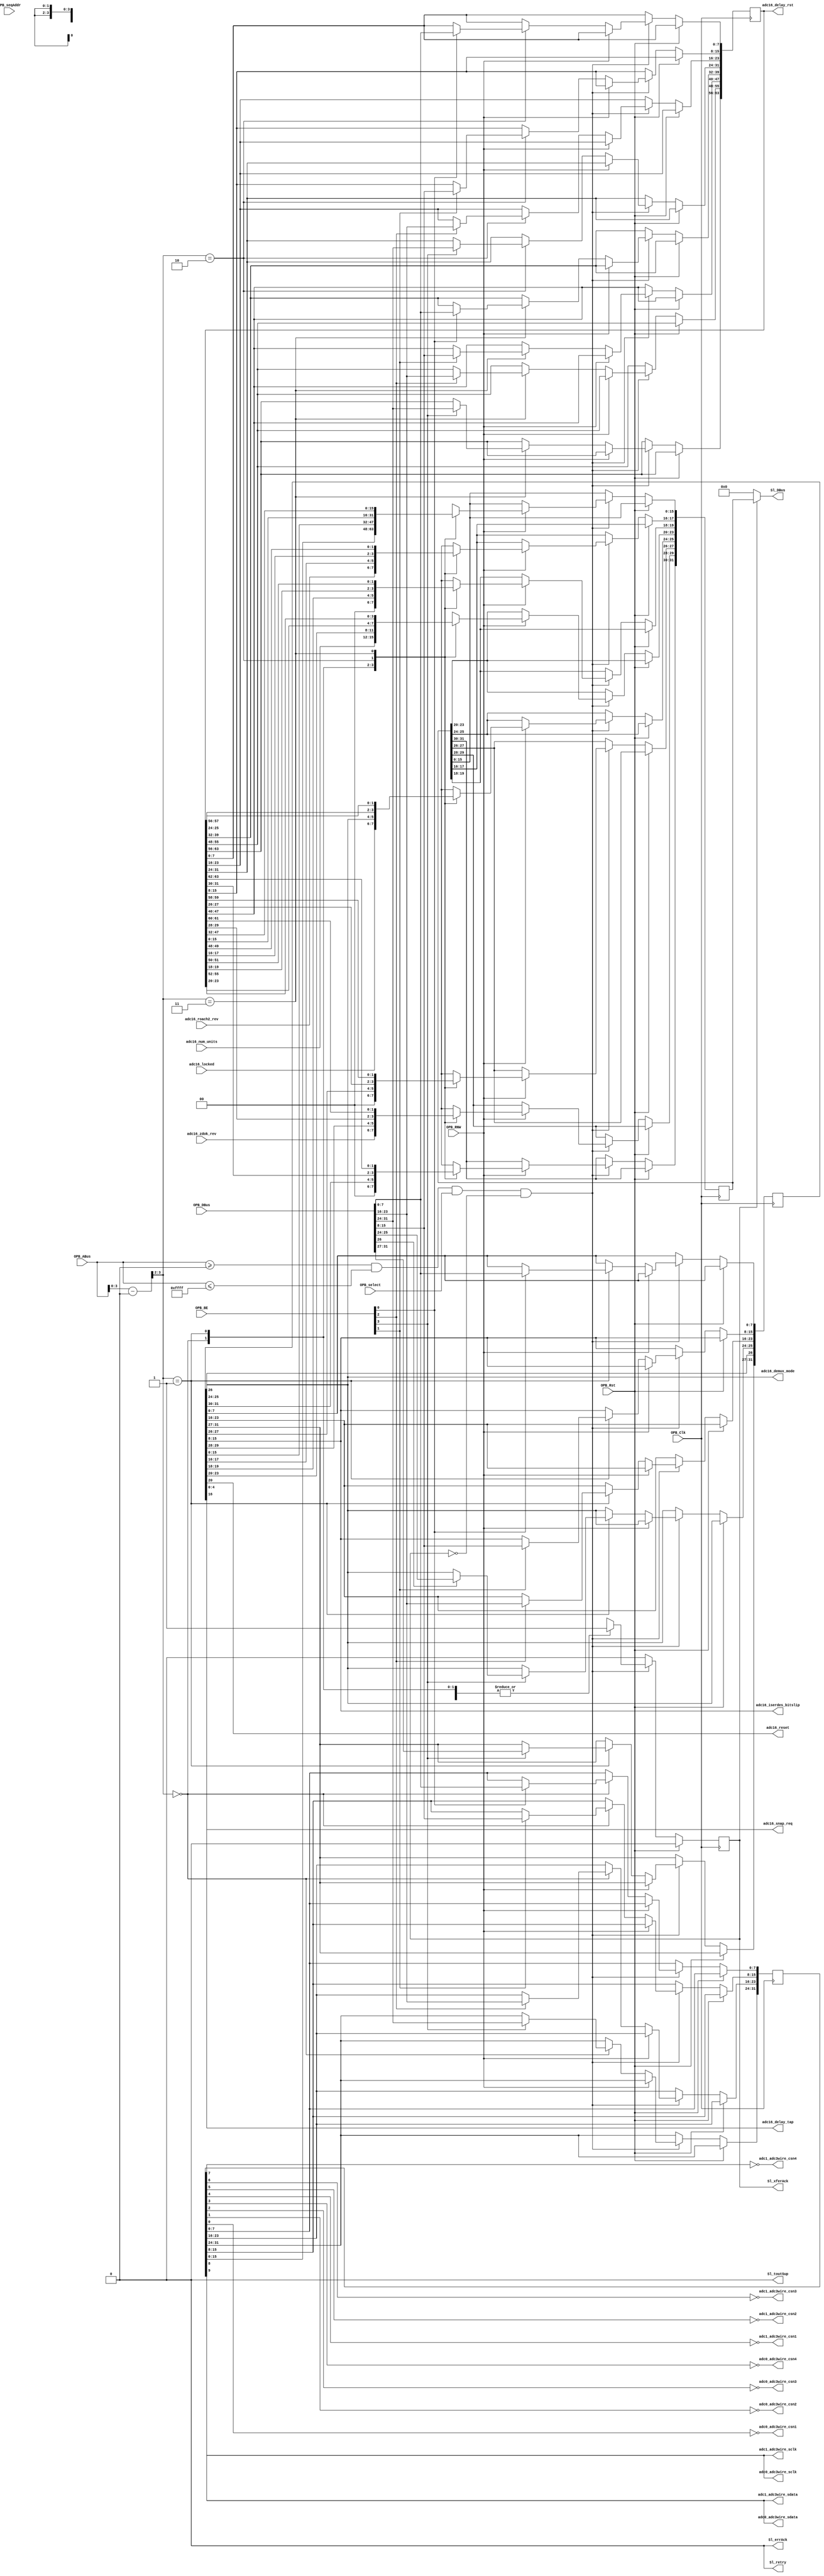
/*

 Modified version of:
 XPS_ROACH2_BASE/pcores/opb_katcontroller/hdl/verilog/opb_katcontroller.v

 */
module opb_adc16_controller(
    input         OPB_Clk,
    input         OPB_Rst,
    output [0:31] Sl_DBus,
    output        Sl_errAck,
    output        Sl_retry,
    output        Sl_toutSup,
    output        Sl_xferAck,
    input  [0:31] OPB_ABus,
    input  [0:3]  OPB_BE,
    input  [0:31] OPB_DBus,
    input         OPB_RNW,
    input         OPB_select,
    input         OPB_seqAddr,

    output        adc0_adc3wire_csn1,
    output        adc0_adc3wire_csn2,
    output        adc0_adc3wire_csn3,
    output        adc0_adc3wire_csn4,
    output        adc0_adc3wire_sdata,
    output        adc0_adc3wire_sclk,

    output        adc1_adc3wire_csn1,
    output        adc1_adc3wire_csn2,
    output        adc1_adc3wire_csn3,
    output        adc1_adc3wire_csn4,
    output        adc1_adc3wire_sdata,
    output        adc1_adc3wire_sclk,

    output        adc16_reset,
    output        [0:7] adc16_iserdes_bitslip,

    output        [0:63] adc16_delay_rst,
    output        [0:4] adc16_delay_tap,
    output        adc16_snap_req,
    output        [0:1] adc16_demux_mode,
    input   [1:0] adc16_locked,
    input   [1:0] adc16_roach2_rev,
    input   [1:0] adc16_zdok_rev,
    input   [3:0] adc16_num_units
  );
  parameter C_BASEADDR    = 32'h00000000;
  parameter C_HIGHADDR    = 32'h0000FFFF;
  parameter C_OPB_AWIDTH  = 32;
  parameter C_OPB_DWIDTH  = 32;
  parameter C_FAMILY      = "";

  /********* Global Signals *************/

  wire [0:31] adc16_adc3wire_wire;
  wire [0:31] adc16_ctrl_wire;
  wire [0:63] adc16_delay_strobe_wire;

  /************ OPB Logic ***************/

  wire addr_match = OPB_ABus >= C_BASEADDR && OPB_ABus <= C_HIGHADDR;
  wire [31:0] opb_addr = OPB_ABus - C_BASEADDR;

  reg opb_ack;

  /*** Registers ****/

  /* ADC0 3-Wire Register */
  reg [0:31] adc16_adc3wire_reg;
  assign adc16_adc3wire_wire = adc16_adc3wire_reg;

  /* ======================================= */
  /* ADC0 3-Wire Register (word 0)           */
  /* ======================================= */
  /* ZZ = ZDOK Pinout Revision               */
  /* LL = Clock locked bits                  */
  /* NNNN = Number of ADC chips supported    */
  /* RR = ROACH2 revision expected/required  */
  /* C = SCLK                                */
  /* D = SDATA                               */
  /* 7 = CSNH (chip select H, active high)   */
  /* 6 = CSNG (chip select G, active high)   */
  /* 5 = CSNF (chip select F, active high)   */
  /* 4 = CSNE (chip select E, active high)   */
  /* 3 = CSND (chip select D, active high)   */
  /* 2 = CSNC (chip select C, active high)   */
  /* 1 = CSNB (chip select B, active high)   */
  /* 0 = CSNA (chip select A, active high)   */
  /* ======================================= */
  /* |<-- MSb                       LSb -->| */
  /* 0000_0000_0011_1111_1111_2222_2222_2233 */
  /* 0123_4567_8901_2345_6789_0123_4567_8901 */
  /* --ZZ ---- ---- ---- ---- ---- ---- ---- */
  /* ---- --LL ---- ---- ---- ---- ---- ---- */
  /* ---- ---- NNNN ---- ---- ---- ---- ---- */
  /* ---- ---- ---- --RR ---- ---- ---- ---- */
  /* ---- ---- ---- ---- ---- --C- ---- ---- */
  /* ---- ---- ---- ---- ---- ---D ---- ---- */
  /* ---- ---- ---- ---- ---- ---- 7654 3210 */
  /* ======================================= */
  /* NOTE: LL reflects the runtime lock      */
  /*       status of a line clock from each  */
  /*       ADC board.  A '1' bit means       */
  /*       locked (good!).  Bit 5 is always  */
  /*       used, but bit 6 is only used when */
  /*       NNNN is 4 (or less).              */
  /* ======================================= */
  /* NOTE: NNNN, RR and ZZ are read-only     */
  /*       values that are set at compile    */
  /*       time.  They do not indicate the   */
  /*       state of the actual hardware in   */
  /*       use at runtime.                   */
  /* ======================================= */

  assign adc1_adc3wire_sclk  =  adc16_adc3wire_wire[22];
  assign adc0_adc3wire_sclk  =  adc16_adc3wire_wire[22];
  assign adc1_adc3wire_sdata =  adc16_adc3wire_wire[23];
  assign adc0_adc3wire_sdata =  adc16_adc3wire_wire[23];
  /* Invert chip select bits on output. */
  assign adc1_adc3wire_csn4  = ~adc16_adc3wire_wire[24];
  assign adc1_adc3wire_csn3  = ~adc16_adc3wire_wire[25];
  assign adc1_adc3wire_csn2  = ~adc16_adc3wire_wire[26];
  assign adc1_adc3wire_csn1  = ~adc16_adc3wire_wire[27];
  assign adc0_adc3wire_csn4  = ~adc16_adc3wire_wire[28];
  assign adc0_adc3wire_csn3  = ~adc16_adc3wire_wire[29];
  assign adc0_adc3wire_csn2  = ~adc16_adc3wire_wire[30];
  assign adc0_adc3wire_csn1  = ~adc16_adc3wire_wire[31];

  /* ADC0 Control Register */
  reg [0:31] adc16_ctrl_reg;
  assign adc16_ctrl_wire = adc16_ctrl_reg;

  /* ======================================= */
  /* ADC0 Control Register (word 1)          */
  /* ======================================= */
  /* W  = Deux write-enable                  */
  /* MM = Demux mode                         */ 
  /* R  = Reset                              */
  /* S  = Snap Request                       */
  /* H  = ISERDES Bit Slip Chip H            */
  /* G  = ISERDES Bit Slip Chip G            */
  /* F  = ISERDES Bit Slip Chip F            */
  /* E  = ISERDES Bit Slip Chip E            */
  /* D  = ISERDES Bit Slip Chip D            */
  /* C  = ISERDES Bit Slip Chip C            */
  /* B  = ISERDES Bit Slip Chip B            */
  /* A  = ISERDES Bit Slip Chip A            */
  /* T  = Delay Tap                          */
  /* ======================================= */
  /* |<-- MSb                       LSb -->| */
  /* 0000 0000 0011 1111 1111 2222 2222 2233 */
  /* 0123 4567 8901 2345 6789 0123 4567 8901 */
  /* ---- -WMM ---- ---- ---- ---- ---- ---- */
  /* ---- ---- ---R ---- ---- ---- ---- ---- */
  /* ---- ---- ---- ---S ---- ---- ---- ---- */
  /* ---- ---- ---- ---- HGFE DCBA ---- ---- */
  /* ---- ---- ---- ---- ---- ---- ---T TTTT */
  /* ======================================= */
  /* NOTE: W enables writing the MM bits.    */
  /*       Some of the other bits in this    */
  /*       register are one-hot.  Using      */
  /*       W ensures that the MM bits will   */
  /*       only be written to when desired.  */
  /*       00: demux by 1 (single channel)   */
  /* ======================================= */
  /* NOTE: MM selects the demux mode.        */
  /*       00: demux by 1 (single channel)   */
  /*       01: demux by 2 (dual channel)     */
  /*       10: demux by 4 (quad channel)     */
  /*       11: undefined                     */
  /*       ADC board.  A '1' bit means       */
  /*       locked (good!).  Bit 5 is always  */
  /*       used, but bit 6 is only used when */
  /*       NNNN is 4 (or less).              */
  /* ======================================= */

  assign adc16_demux_mode      = adc16_ctrl_wire[ 6: 7];
  assign adc16_reset           = adc16_ctrl_wire[11   ];
  assign adc16_snap_req        = adc16_ctrl_wire[15   ];
  assign adc16_iserdes_bitslip = adc16_ctrl_wire[16:23];
  assign adc16_delay_tap       = adc16_ctrl_wire[27:31];

  /* ADC0 Delay Strobe Register */
  reg [0:63] adc16_delay_strobe_reg;
  assign adc16_delay_strobe_wire = adc16_delay_strobe_reg;

  /* =============================================== */
  /* ADC0 Delay A Strobe Register (word 2)           */
  /* =============================================== */
  /* D = Delay RST                                   */
  /* =============================================== */
  /* |<-- MSb                              LSb -->|  */
  /* 0000  0000  0011  1111  1111  2222  2222  2233  */
  /* 0123  4567  8901  2345  6789  0123  4567  8901  */
  /* DDDD  DDDD  DDDD  DDDD  DDDD  DDDD  DDDD  DDDD  */
  /* |  |  |  |  |  |  |  |  |  |  |  |  |  |  |  |  */
  /* H4 H1 G4 G1 F4 F1 E4 E1 D4 D1 C4 C1 B4 B1 A4 A1 */
  /* =============================================== */

  /* =============================================== */
  /* ADC0 Delay B Strobe Register (word 3)           */
  /* =============================================== */
  /* D = Delay RST                                   */
  /* =============================================== */
  /* |<-- MSb                              LSb -->|  */
  /* 0000  0000  0011  1111  1111  2222  2222  2233  */
  /* 0123  4567  8901  2345  6789  0123  4567  8901  */
  /* DDDD  DDDD  DDDD  DDDD  DDDD  DDDD  DDDD  DDDD  */
  /* |  |  |  |  |  |  |  |  |  |  |  |  |  |  |  |  */
  /* H4 H1 G4 G1 F4 F1 E4 E1 D4 D1 C4 C1 B4 B1 A4 A1 */
  /* =============================================== */

  assign adc16_delay_rst = adc16_delay_strobe_wire;

  /* OPB interface logic */

  reg [31:0] opb_data_out;

  always @(posedge OPB_Clk) begin
    opb_ack <= 1'b0;

    adc16_adc3wire_reg <= adc16_adc3wire_reg;
    adc16_ctrl_reg <= adc16_ctrl_reg;
    adc16_delay_strobe_reg <= adc16_delay_strobe_reg;

    if (OPB_Rst) begin
    end else begin
      if (addr_match && OPB_select && !opb_ack) begin
        if (!OPB_RNW) begin
          case (opb_addr[3:2])
           0:  begin
                opb_ack <= 1'b1;
                if (OPB_BE[0]) begin
                    adc16_adc3wire_reg[0:7] <= OPB_DBus[0:7];
                end
                if (OPB_BE[1]) begin
                    adc16_adc3wire_reg[8:15] <= OPB_DBus[8:15];
                end
                if (OPB_BE[2]) begin
                    adc16_adc3wire_reg[16:23] <= OPB_DBus[16:23];
                end
                if (OPB_BE[3]) begin
                    adc16_adc3wire_reg[24:31] <= OPB_DBus[24:31];
                end
           end
           1:  begin
                opb_ack <= 1'b1;
                if (OPB_BE[0]) begin
                    /* All but the W and MM bits */
                    adc16_ctrl_reg[0:4] <= OPB_DBus[0:4];
                    /* Write to MM bits if W bit is set */
                    if(OPB_DBus[5]) begin
                        adc16_ctrl_reg[6:7] <= OPB_DBus[6:7];
                    end
                end
                if (OPB_BE[1]) begin
                    adc16_ctrl_reg[8:15] <= OPB_DBus[8:15];
                end
                if (OPB_BE[2]) begin
                    adc16_ctrl_reg[16:23] <= OPB_DBus[16:23];
                end
                if (OPB_BE[3]) begin
                    adc16_ctrl_reg[24:31] <= OPB_DBus[24:31];
                end
           end
           2:  begin
                opb_ack <= 1'b1;
                if (OPB_BE[0]) begin
                    adc16_delay_strobe_reg[32:39] <= OPB_DBus[0:7];
                end
                if (OPB_BE[1]) begin
                    adc16_delay_strobe_reg[40:47] <= OPB_DBus[8:15];
                end
                if (OPB_BE[2]) begin
                    adc16_delay_strobe_reg[48:55] <= OPB_DBus[16:23];
                end
                if (OPB_BE[3]) begin
                    adc16_delay_strobe_reg[56:63] <= OPB_DBus[24:31]; // LSB
                end
           end
           3:  begin
                opb_ack <= 1'b1;
                if (OPB_BE[0]) begin
                    adc16_delay_strobe_reg[0:7] <= OPB_DBus[0:7]; // MSB
                end
                if (OPB_BE[1]) begin
                    adc16_delay_strobe_reg[8:15] <= OPB_DBus[8:15];
                end
                if (OPB_BE[2]) begin
                    adc16_delay_strobe_reg[16:23] <= OPB_DBus[16:23];
                end
                if (OPB_BE[3]) begin
                    adc16_delay_strobe_reg[24:31] <= OPB_DBus[24:31];
                end
           end
          endcase
        end else begin // if (!OPB_RNW)
          case (opb_addr[3:2])
           0:  begin
                   opb_ack <= 1'b1;
                   opb_data_out[31:30] <= 2'b00;
                   opb_data_out[29:28] <= adc16_zdok_rev;
                   opb_data_out[27:26] <= 2'b00;
                   opb_data_out[25:24] <= adc16_locked;
                   opb_data_out[23:20] <= adc16_num_units;
                   opb_data_out[19:18] <= 2'b00;
                   opb_data_out[17:16] <= adc16_roach2_rev;
                   opb_data_out[15:0 ] <= adc16_adc3wire_reg[16:31];
               end
           1:  begin
                   opb_ack <= 1'b1;
                   opb_data_out <= adc16_ctrl_reg;
               end
           2:  begin
                   opb_ack <= 1'b1;
                   opb_data_out <= adc16_delay_strobe_reg[32:63]; // Lower half
               end
           3:  begin
                   opb_ack <= 1'b1;
                   opb_data_out <= adc16_delay_strobe_reg[0:31]; // Upper half
               end
          endcase
        end
      end
    end


  end

  assign Sl_DBus     = Sl_xferAck ? opb_data_out : 32'b0;
  assign Sl_errAck   = 1'b0;
  assign Sl_retry    = 1'b0;
  assign Sl_toutSup  = 1'b0;
  assign Sl_xferAck  = opb_ack;

endmodule